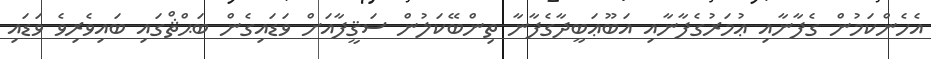
އެހެންކަމުން ގެފާނާއި ޢުމަރުގެފާނާއި އަބޫޢަބީދާގެފާނާ ތިންބޭކަލުން ސަޤީފާއަށް ވަޑައިގެން ބަޙްޘްގައި ބައިވެރިވެ ވަޑައި